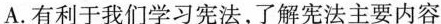
A.有利于我们学习宪法，了解宪法主要内容